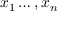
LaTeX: x _ { 1 } \ldots , x _ { n }